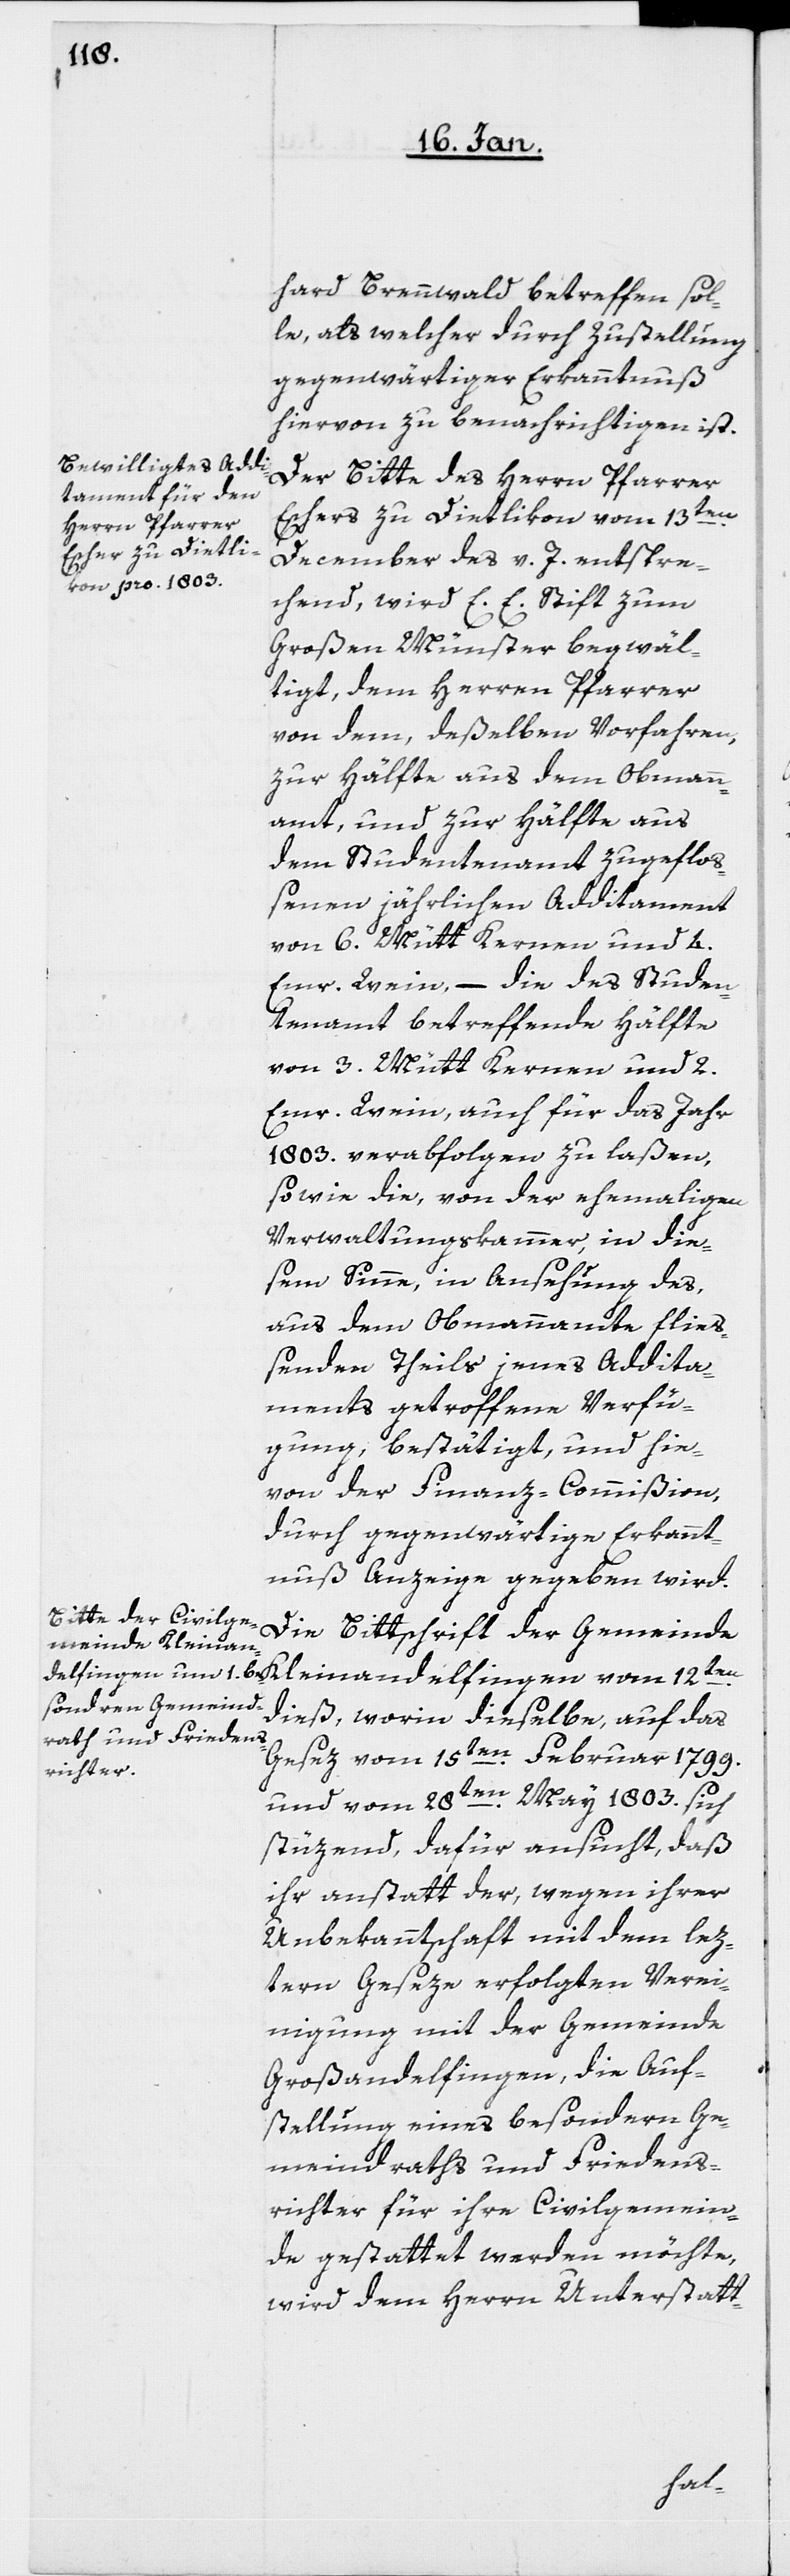
hard Brennwald betreffen sol¬
le, als welcher durch Zustellung
gegenwärtiger Erkanntnuß
hiervon zu benachrichtigen ist.
Der Bitte des Herrn Pfarrer
Eschers zu Dietlikon vom 13ten.
December des v. J. entspre¬
chend, wird E. E. Stift zum
Großen Münster begwäl¬
tigt, dem Herrn Pfarrer
von dem, deßelben Vorfahren,
zur Hälfte aus dem Obmann¬
amt, und zur Hälfte aus
dem Studentenamt zugefloß¬
enen jährlichen Additament
von 6. Mütt Kernen und 4.
Emr. Wein, – die des Studen¬
tenamt betreffende Hälfte
von 3. Mütt Kernen und 2.
Emr. Wein, auch für das Jahr
1803. verabfolgen zu laßen,
sowie die, von der ehemaligen
Verwaltungskammer, in die¬
sem Sinne, in Ansehung des,
aus dem Obmannamte fließ¬
enden Theils jenes Addita¬
ments getroffene Verfü¬
gung, bestätigt, und hie¬
von der Finanz-Commißion,
durch gegenwärtige Erkannt¬
nuß Anzeige gegeben wird.
Die Bittschrift der Gemeinde
dieß, worin dieselbe, auf das
Gesez vom 15ten. Februar 1799.
und vom 28sten. May 1803. sich
stüzend, dafür ansucht, daß
ihr anstatt der, wegen ihrer
Unbekanntschaft mit dem lez¬
tern Geseze erfolgten Verei¬
nigung mit der Gemeinde
Großandelfingen, die Auf¬
stellung eines besondern Ge¬
meindraths und Friedens¬
richter für ihre Civilgemein¬
de gestattet werden möchte,
wird dem Herrn Unterstatt-